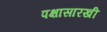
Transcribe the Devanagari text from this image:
पक्षासारखी